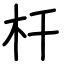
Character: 杆